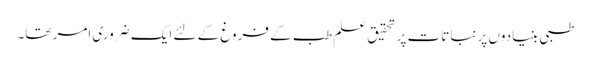
طبی بنیادوں پر نباتات پر تحقیق علم طب کے فروغ کے لئے ایک ضروری امر تھا۔